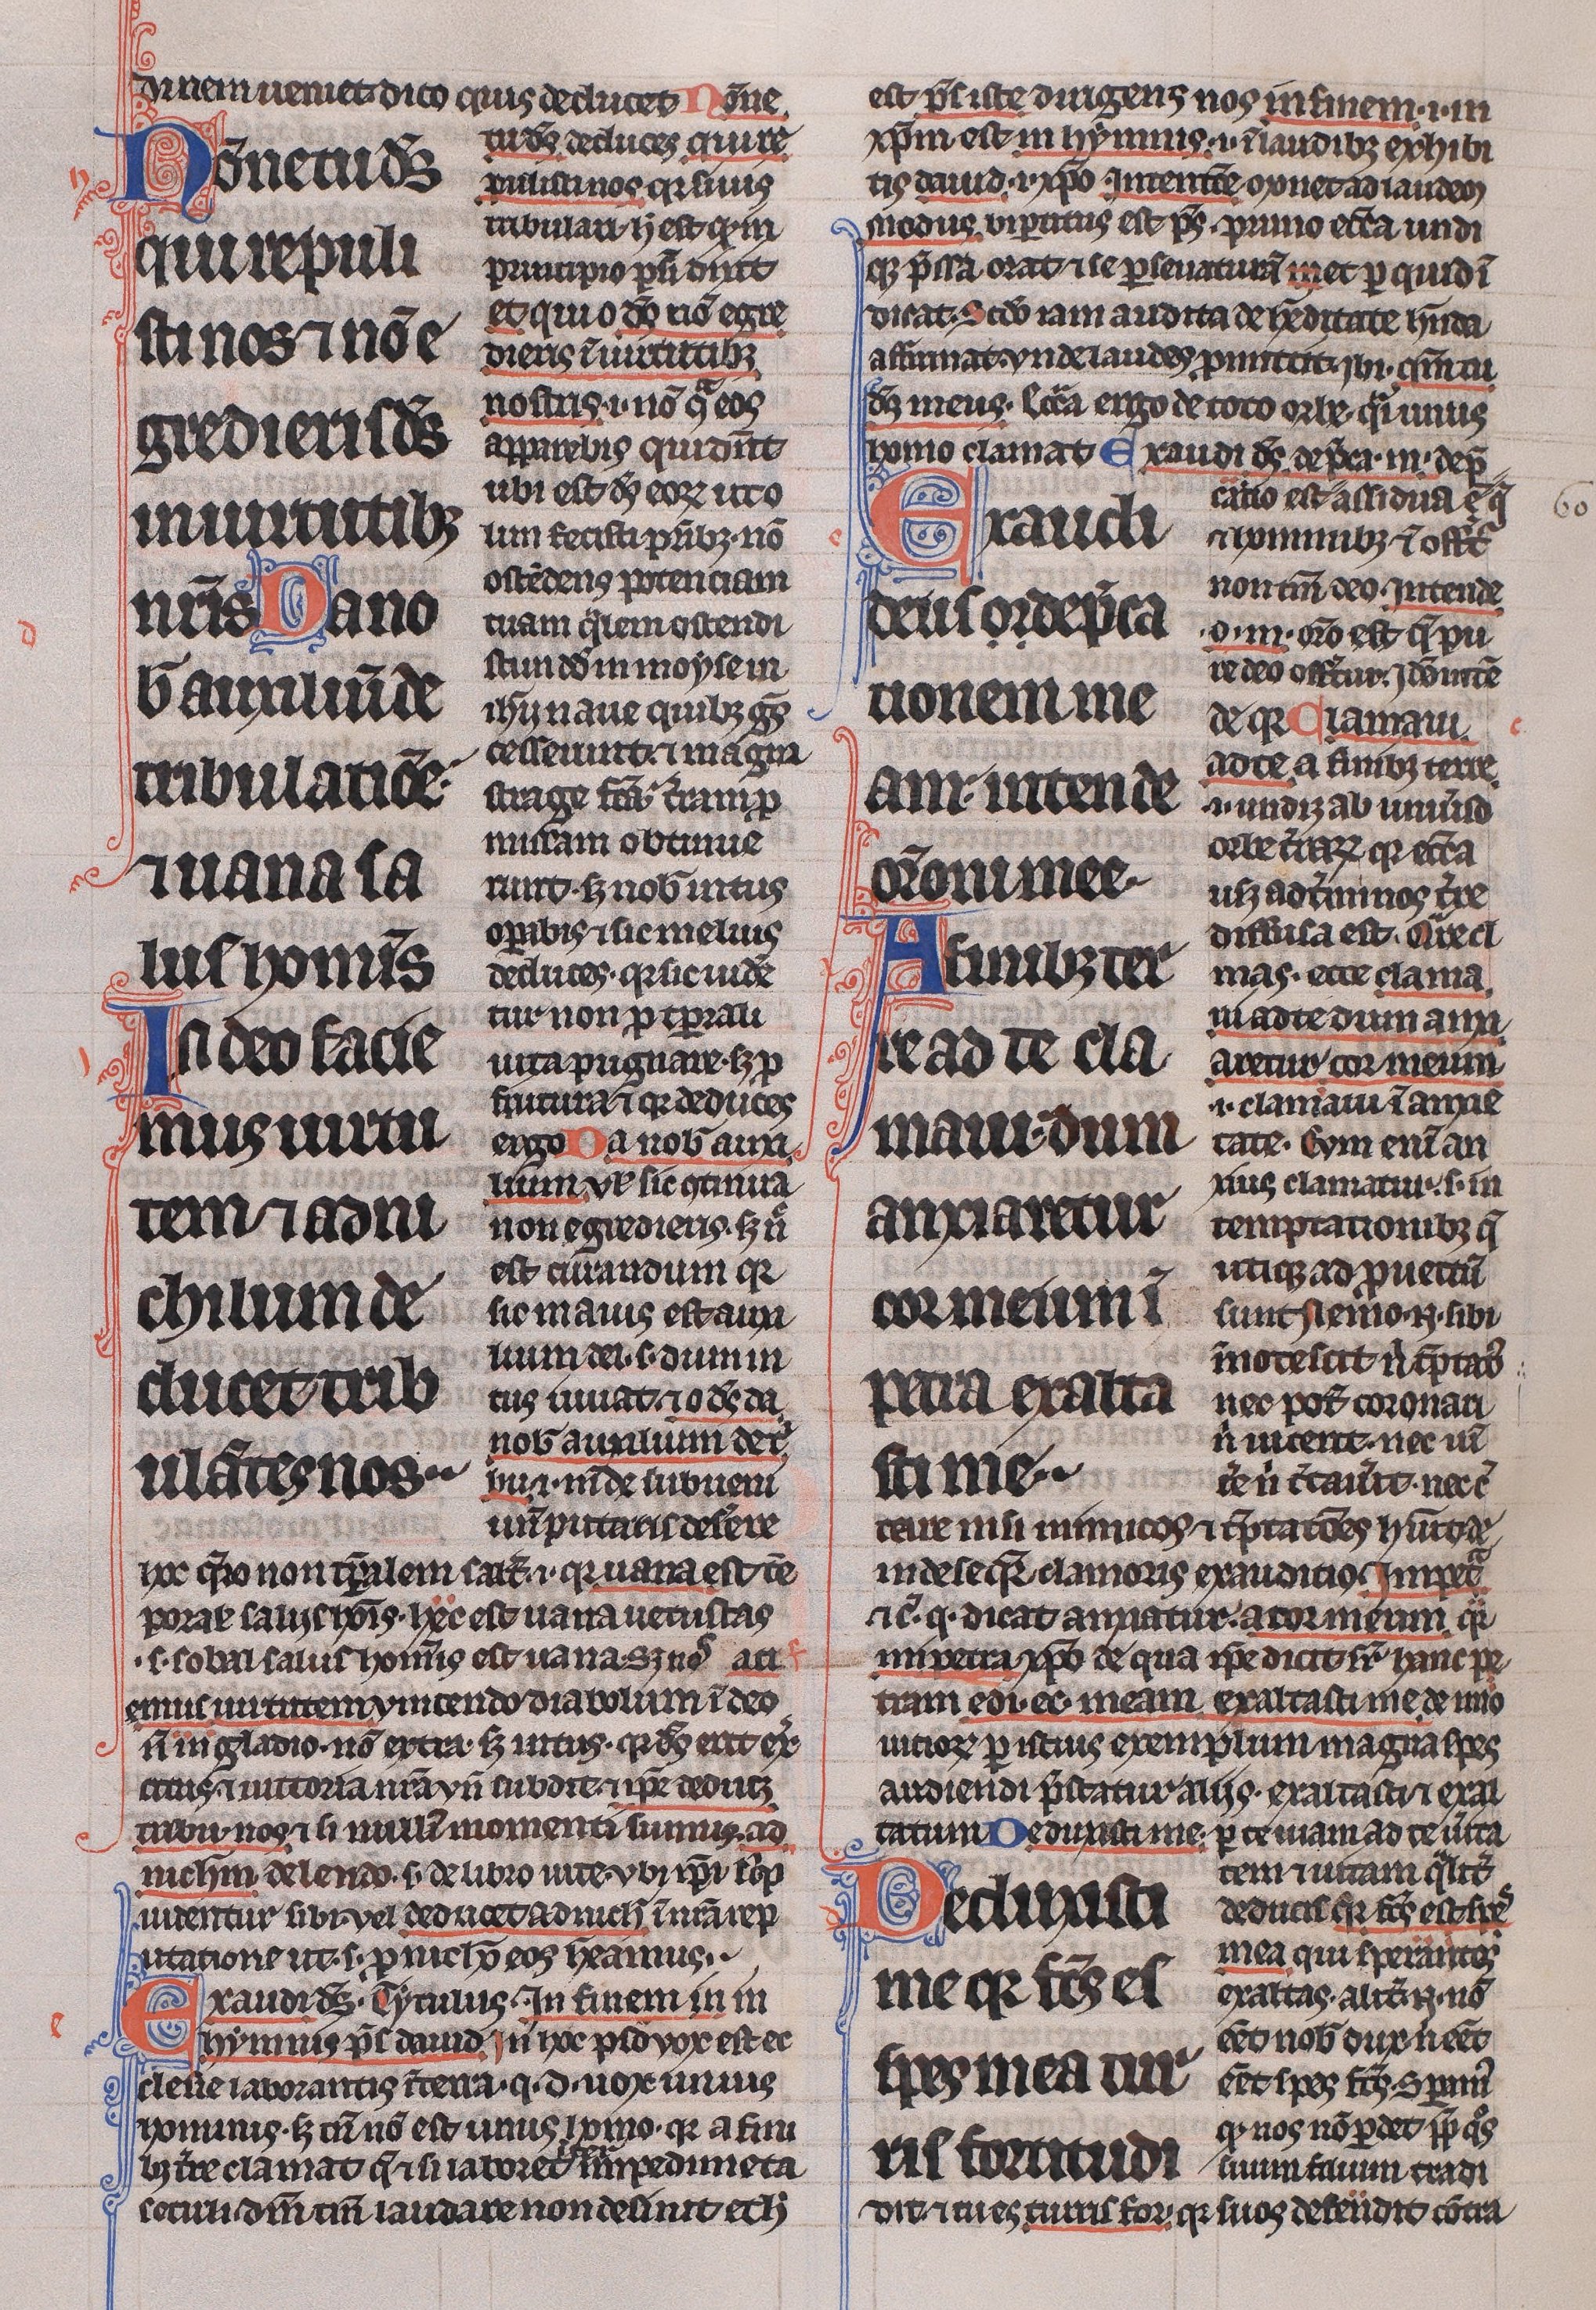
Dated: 1225–1250